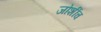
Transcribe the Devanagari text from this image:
जोशींच